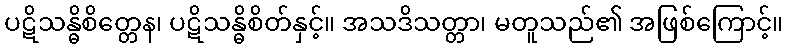
ပဋိသန္ဓိစိတ္တေန၊ ပဋိသန္ဓိစိတ်နှင့်။ အသဒိသတ္တာ၊ မတူသည်၏ အဖြစ်ကြောင့်။